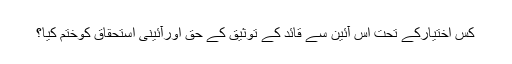
کس اختیارکے تحت اس آئین سے قائد کے توثیق کے حق اورآئینی استحقاق کوختم کیا؟